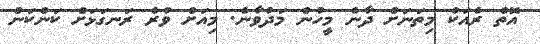
އޮތް ރެއަކު މިތަނަށް ދާނެ މީހުން މަދުވާނެ. މިއަށް ވުރެ ރަނގަޅަށް ކަންކަން